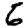
Digit: 6